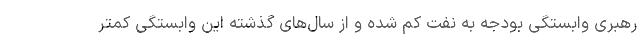
رهبری وابستگی بودجه به نفت کم شده و از سال‌های گذشته این وابستگی کمتر